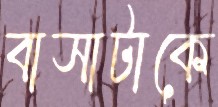
বাসাটাকে